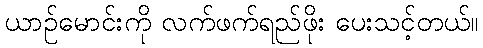
ယာဉ်မောင်းကို လက်ဖက်ရည်ဖိုး ပေးသင့်တယ်။